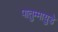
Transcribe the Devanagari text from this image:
पातुम्मायुडे